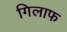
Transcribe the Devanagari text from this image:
गिलाफ